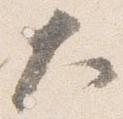
大